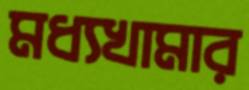
মধ্যখামার